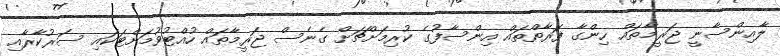
ލާއިންސާނީ ޖަރީމާތައް ހިންގާ ފަރާތްތައް އިންސާފުގެ ކުރިމަށްޗަށް ގެނެސް ޖަރީމާތައް ހުއްޓުވުމަށްޓަކައި ސަރުކާރާއި